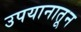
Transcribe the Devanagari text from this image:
उपयानातून